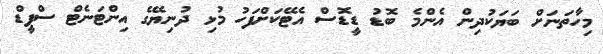
މިހާތަނަށް ބަޔަކުދިން އެންމެ ބޮޑު ޑީޑޮސް އެޓޭކަށްފަހު މުޅި ދުނިޔޭގެ އިންޓަނެޓް ސްޕީޑް